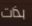
بذات